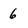
Character: 6